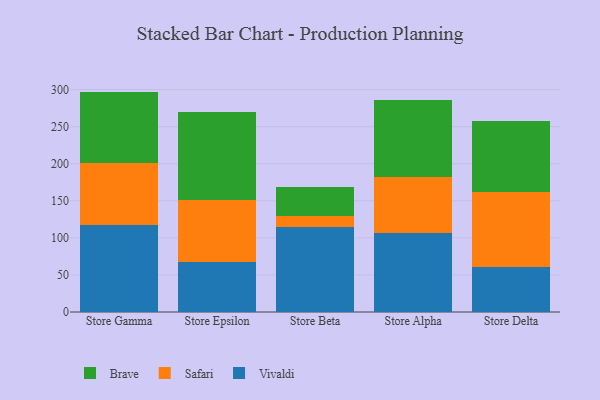
{"axis": {"x": "Store", "y": "Inventory Turnover"}, "legend": ["Brave", "Safari", "Vivaldi"], "data": [{"x": "Store Gamma", "y": 116.9, "type": "Vivaldi"}, {"x": "Store Gamma", "y": 84.6, "type": "Safari"}, {"x": "Store Gamma", "y": 95.9, "type": "Brave"}, {"x": "Store Epsilon", "y": 67.7, "type": "Vivaldi"}, {"x": "Store Epsilon", "y": 83.0, "type": "Safari"}, {"x": "Store Epsilon", "y": 119.2, "type": "Brave"}, {"x": "Store Beta", "y": 114.5, "type": "Vivaldi"}, {"x": "Store Beta", "y": 14.8, "type": "Safari"}, {"x": "Store Beta", "y": 39.9, "type": "Brave"}, {"x": "Store Alpha", "y": 106.9, "type": "Vivaldi"}, {"x": "Store Alpha", "y": 74.9, "type": "Safari"}, {"x": "Store Alpha", "y": 104.8, "type": "Brave"}, {"x": "Store Delta", "y": 61.0, "type": "Vivaldi"}, {"x": "Store Delta", "y": 101.1, "type": "Safari"}, {"x": "Store Delta", "y": 95.1, "type": "Brave"}]}